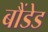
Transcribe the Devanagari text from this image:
बौंडेड